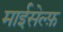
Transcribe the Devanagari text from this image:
माईसेल्फ़